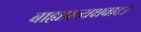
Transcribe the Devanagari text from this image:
बाह्यप्रत्यक्षवाद।